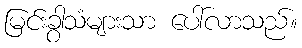
မြင်းခွာသံများသာ ပေါ်လာသည်။